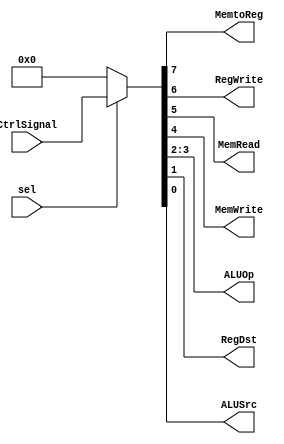
//-----------------------------------------------------------------------------
// Title         : 2-1 multiplexer
//-----------------------------------------------------------------------------

module mux0( sel, CtrlSignal, MemtoReg, RegWrite, MemRead, MemWrite, ALUOp, RegDst, ALUSrc );

    input sel;
    input [7:0]  CtrlSignal;
    output MemtoReg, RegWrite, MemRead, MemWrite, RegDst, ALUSrc ;
	output [1:0] ALUOp;
	
	wire [7:0] temp;
	
	assign temp = (sel) ? CtrlSignal : 8'b0 ;
	
	assign MemtoReg = temp[7];
	assign RegWrite = temp[6];
    assign MemRead =temp[5];
	assign MemWrite = temp[4];
	assign ALUOp = temp[3:2];
	assign RegDst = temp[1];
	assign ALUSrc = temp[0];

endmodule